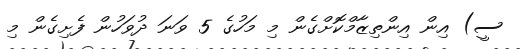
ސީ) އިން އިންތިޒާމްކޮށްގެން މި މަހުގެ 5 ވަނަ ދުވަހުން ފެށިގެން މި